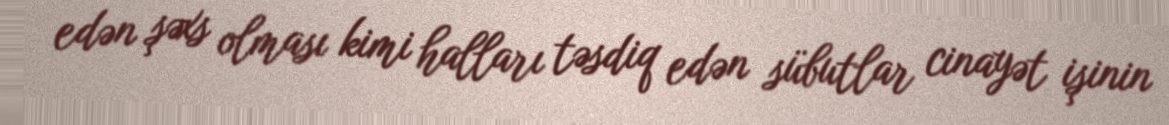
edən şəxs olması kimi halları təsdiq edən sübutlar cinayət işinin